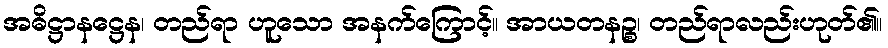
အဓိဋ္ဌာနဋ္ဌေန၊ တည်ရာ ဟူသော အနက်ကြောင့်။ အာယတနဉ္စ၊ တည်ရာလည်းဟုတ်၏။